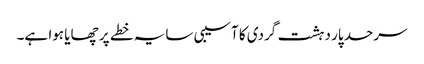
سرحد پار دہشت گردی کا آسیبی سایہ خطے پر چھایا ہوا ہے۔